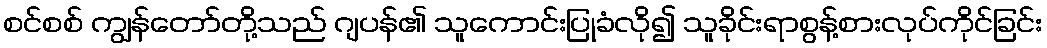
စင်စစ် ကျွန်တော်တို့သည် ဂျပန်၏ သူကောင်းပြုခံလို၍ သူခိုင်းရာစွန့်စားလုပ်ကိုင်ခြင်း